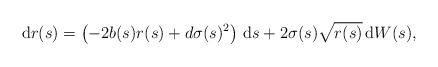
LaTeX: \begin{align*}\, \mathrm{d} r(s)=\left( -2b(s)r(s)+d\sigma (s)^{2}\right) \, \mathrm{d}s+2\sigma (s)\sqrt{r(s)}\, \mathrm{d} W(s),\end{align*}